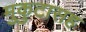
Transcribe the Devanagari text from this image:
मुकुटासह